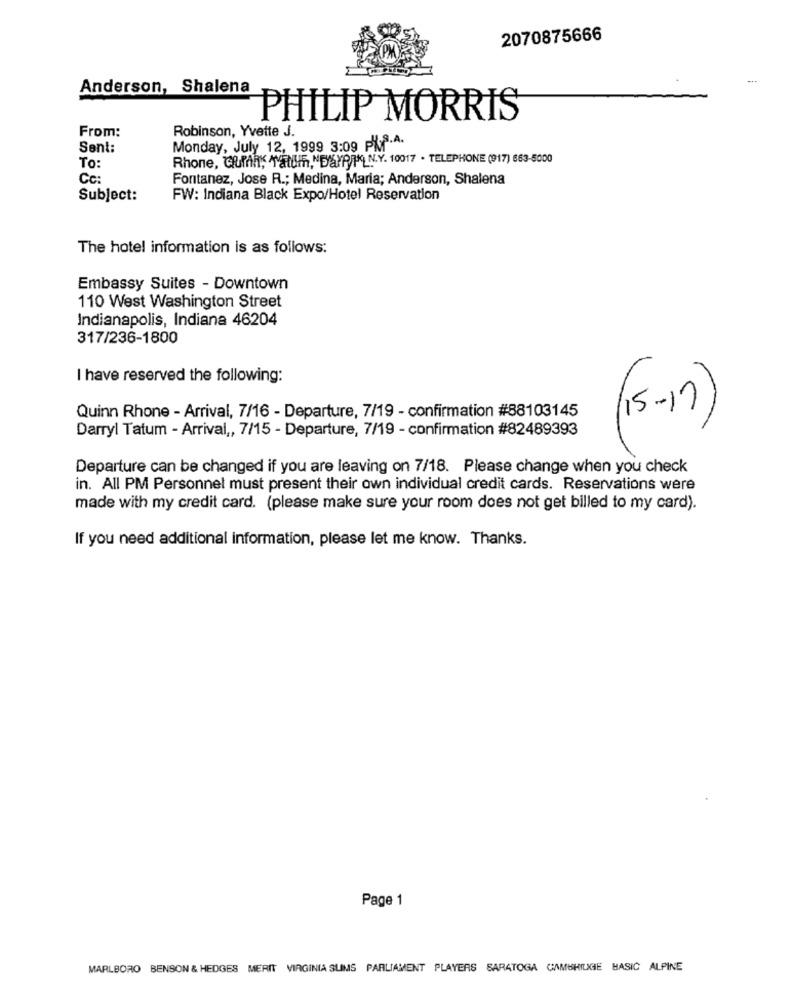
2070875666
-..
Anderson, Shalena
PHILIP MORRIS
From:
Robinson, Yvette J.
Sent:
Monday, July 12, 1999 3:09 Pof.A.
Rhone, Cumin" atuin,NEYAPIPKLN.Y. 10017 . TELEPHONE (917) 663-5000
To:
Cc:
Fontanez, Jose R .; Medina, Maria; Anderson, Shalena
Subject:
FW: Indiana Black Expo/Hotel Reservation
The hotel information is as follows:
Embassy Suites - Downtown
110 West Washington Street
Indianapolis, Indiana 46204
317/236-1800
I have reserved the following:
Quinn Rhone - Arrival, 7/16 - Departure, 7/19 - confirmation #88103145
Darryl Tatum - Arrival ,, 7/15 - Departure, 7/19 - confirmation #82489393
(15-1)
Departure can be changed if you are leaving on 7/18. Please change when you check
in. All PM Personnel must present their own individual credit cards. Reservations were
made with my credit card. (please make sure your room does not get billed to my card).
If you need additional information, please let me know. Thanks.
Page 1
MARLBORO BENSON & HEDGES MERIT VIRGINIA SLIMS PARLIAMENT PLAYERS SARATOGA GAMUSHILIGE BASIC ALPINE